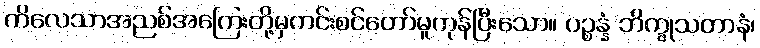
ကိလေသာအညစ်အကြေးတို့မှကင်းစင်တော်မူကုန်ပြီးသော။ ပဉ္စန္နံ ဘိက္ခုသတာနံ၊